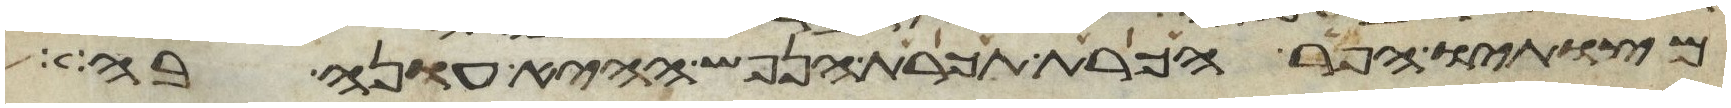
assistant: מצותיו הפר הכרת תכרת הנפש ההיא עונה בה